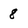
Character: 8